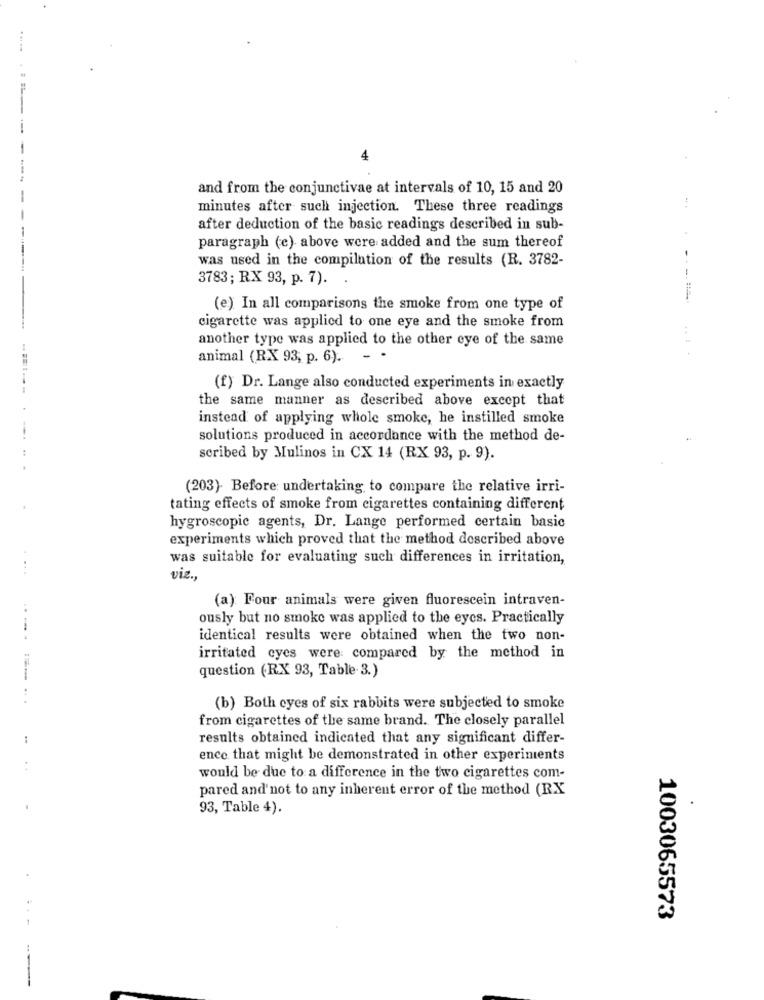
.....
and from the conjunctivae at intervals of 10, 15 and 20
minutes after such injection. These three readings
-
after deduction of the basic readings described in sub-
paragraph (e) above were added and the sum thereof
was used in the compilation of the results (R. 3782-
3783; RX 93, p. 7).
---===
(e) In all comparisons the smoke from one type of
cigarette was applied to one eye and the smoke from
another type was applied to the other eye of the same
animal (RX 93, p. 6).
.. 1 .
(f) Dr. Lange also conducted experiments in exactly
the same manner as described above except that
instead of applying whole smoke, he instilled smoke
------
solutions produced in accordance with the method de-
scribed by Mulinos in CX 14 (RX 93, p. 9).
(203)- Before: undertaking to compare the relative irri-
tating effects of smoke from cigarettes containing different
hygroscopic agents, Dr. Lange performed certain basic
experiments which proved that the method described above
was suitable for evaluating such differences in irritation,
viz .,
(a) Four animals were given fluorescein intraven-
ously but no smoke was applied to the eyes. Practically
identical results were obtained when the two non-
irritated eyes were compared by the method in
question (RX 93, Table 3.)
(b) Both eyes of six rabbits were subjected to smoke
from cigarettes of the same brand. The closely parallel
results obtained indicated that any significant differ-
ence that might be demonstrated in other experiments
would be due to a difference in the two cigarettes com-
pared and'not to any inherent error of the method (RX
93, Table 4).
1003065573
---